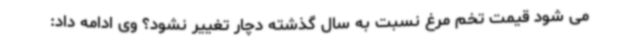
می شود قیمت تخم مرغ نسبت به سال گذشته دچار تغییر نشود؟ وی ادامه داد: